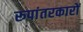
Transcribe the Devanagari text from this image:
रूपांतरकारों